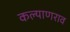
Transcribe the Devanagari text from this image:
कल्याणराव